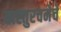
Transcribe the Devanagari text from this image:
वास्तुरचनेचे